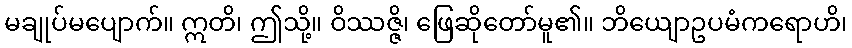
မချုပ်မပျောက်။ ဣတိ၊ ဤသို့။ ဝိဿဇ္ဇိ၊ ဖြေဆိုတော်မူ၏။ ဘိယျောဥပမံကရောဟိ၊